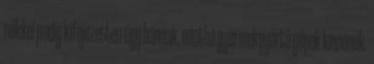
nőkkel pedig kifejezetten úgy bánnak, mintha gyermekgyártó gépek lennének.